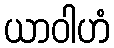
ယာဝါဟံ